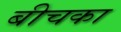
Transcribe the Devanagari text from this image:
बीचका